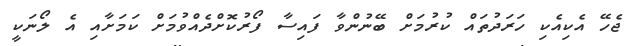
ޖެހޭ އެކިއެކި ހަރަދުތައް ކުރުމަށް ބޭނުންވާ ފައިސާ ފޯރުކޮށްދެއްވުމަށް ކަމަށާއި އެ ލޯނަކީ